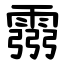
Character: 霛